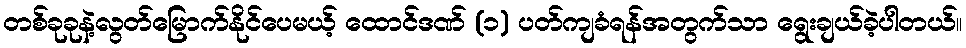
တစ်ခုခုနဲ့လွတ်မြောက်နိုင်ပေမယ့် ထောင်ဒဏ် (၁) ပတ်ကျခံရန်အတွက်သာ ရွေးချယ်ခဲ့ပါတယ်။